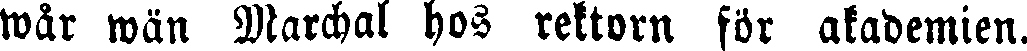
wår wän Marchal hos rektorn för akademien.